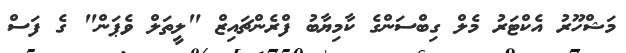
މަޝްހޫރު އެކްޓަރު މެލް ގިބްސަންގެ ކާމިޔާބު ފްރެންޗައިޒް "ލީތަލް ވެޕަން" ގެ ފަސް